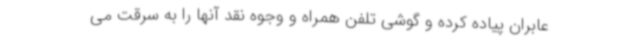
عابران پیاده کرده و گوشی تلفن همراه و وجوه نقد آنها را به سرقت می